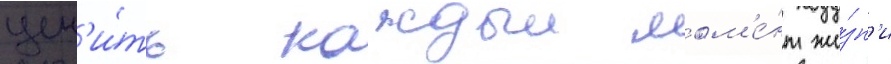
цен'и́ть каждыи мом'е́нт жи́зн'и